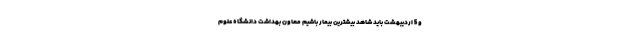
و 5 اردیبهشت باید شاهد بیشترین بیمار باشیم معاون بهداشت دانشگاه علوم